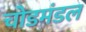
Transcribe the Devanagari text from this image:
चोडमंडल